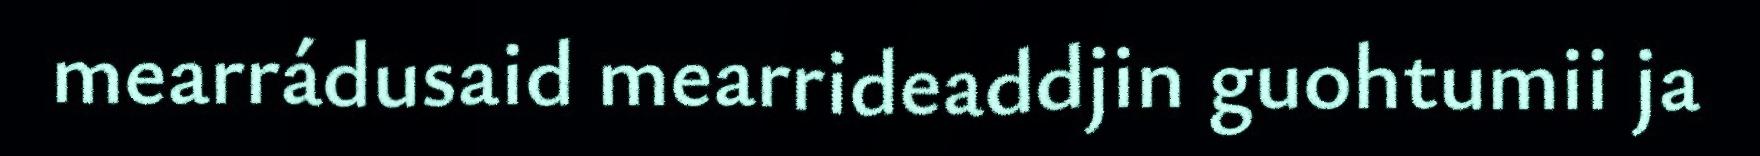
mearrádusaid mearrideaddjin guohtumii ja